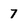
Character: 7